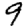
Digit: 9